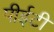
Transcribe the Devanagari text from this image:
पीईटी